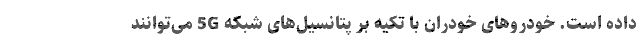
داده است. خودروهای خودران با تکیه بر پتانسیل‌های شبکه 5G می‌توانند